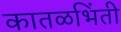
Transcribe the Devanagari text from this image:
कातळभिंती